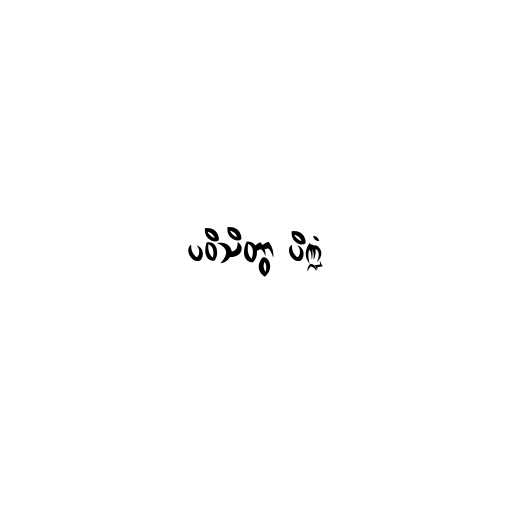
ပဝိသိတွာ ပိဏ္ဍံ